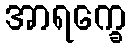
အာရက္ခေ